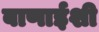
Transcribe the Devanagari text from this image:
बाणाईशी